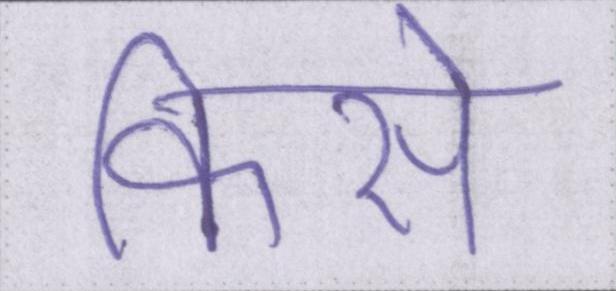
किसे